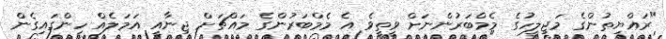
"ރައްޔިތުންގެ މަޖިލީހުގެ މެމްބަރުންނަށް ވީތީވެ އެ މެމްބަރުންގެ މައްޗަށް ޖިނާއީ އަމަލެއް ހިންގައިގެން